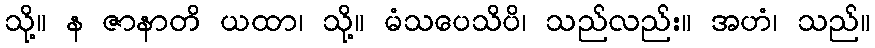
သို့။ န ဇာနာတိ ယထာ၊ သို့။ မံသပေသိပိ၊ သည်လည်း။ အဟံ၊ သည်။